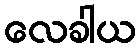
လေခါယ